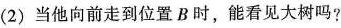
(2)当他向前走到位置B时，能看见大树吗?